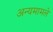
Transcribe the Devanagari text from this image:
अन्यमामले